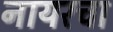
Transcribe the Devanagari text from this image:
नायरचा